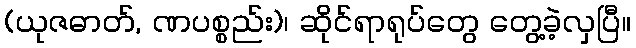
(ယုဇဓာတ်, ဏပစ္စည်း)၊ ဆိုင်ရာရုပ်တွေ တွေ့ခဲ့လှပြီ။